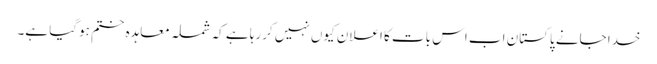
خدا جانے پاکستان اب اس بات کا اعلان کیوں نہیں کررہا ہے کہ شملہ معاہدہ ختم ہوگیا ہے۔